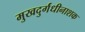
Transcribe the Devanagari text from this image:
मुखदुर्गंधीनाशक